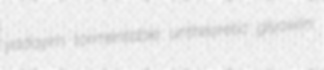
yadayim tormentable untheoretic glyoxilin